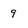
Character: 9